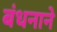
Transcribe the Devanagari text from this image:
बंधनाने